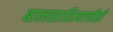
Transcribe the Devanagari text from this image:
बालसाहित्याचीही